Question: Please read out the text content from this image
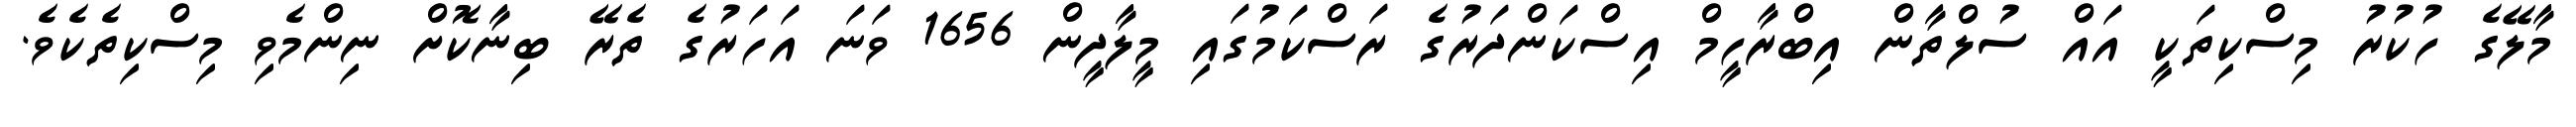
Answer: މާލޭގެ ހުކުރު މިސްކިތަކީ އައް ސުލްތާން އިބްރާހީމް އިސްކަންދަރުގެ ރަސްކަމުގައި މީލާދީން 1656 ވަނަ އަހަރުގެ ތެރޭ ބިނާކޮށް ނިންމެވި މިސްކިތެކެވެ.